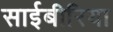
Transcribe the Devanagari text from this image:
साईबीरिया